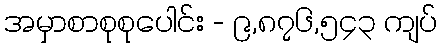
အမှာစာစုစုပေါင်း - ၉,၈၇၆,၅၄၃ ကျပ်